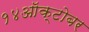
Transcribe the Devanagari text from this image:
१४ऑक्टोबर